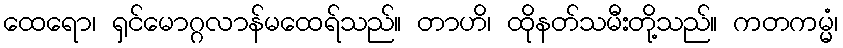
ထေရော၊ ရှင်မောဂ္ဂလာန်မထေရ်သည်။ တာဟိ၊ ထိုနတ်သမီးတို့သည်။ ကတကမ္မံ၊